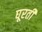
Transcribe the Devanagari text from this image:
घूरती